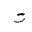
Letter: _ta